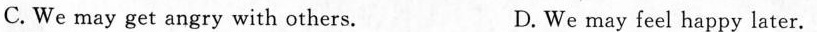
C. We may get angry with others. D. We may feel happy later.